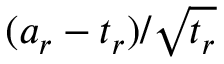
( a _ { r } - t _ { r } ) / \sqrt { t _ { r } }